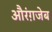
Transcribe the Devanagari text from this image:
औरंग़जेब